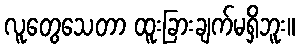
လူတွေသေတာ ထူးခြားချက်မရှိဘူး။